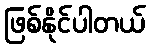
ဖြစ်နိုင်ပါတယ်